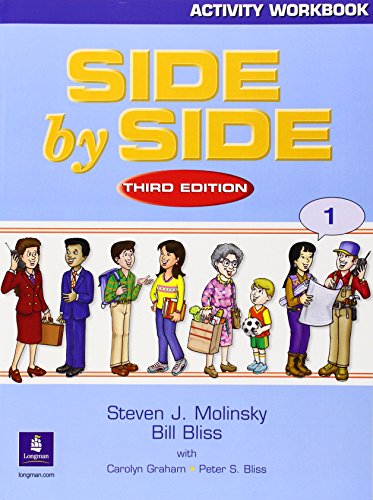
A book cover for Activity Workbook to accompany Side By Side, Book 1; Steven J. Molinsky; Test Preparation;